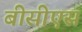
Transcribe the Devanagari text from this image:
बीसीएस